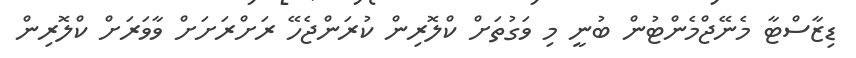
ޑިޒާސްޓާ މެނޭޖްމެންޓުން ބުނީ މި ވަގުތަށް ކްލޮރިން ކުރަންޖެހޭ ރަށްރަށަށް ވާވަރަށް ކްލޮރިން